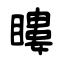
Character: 瞜